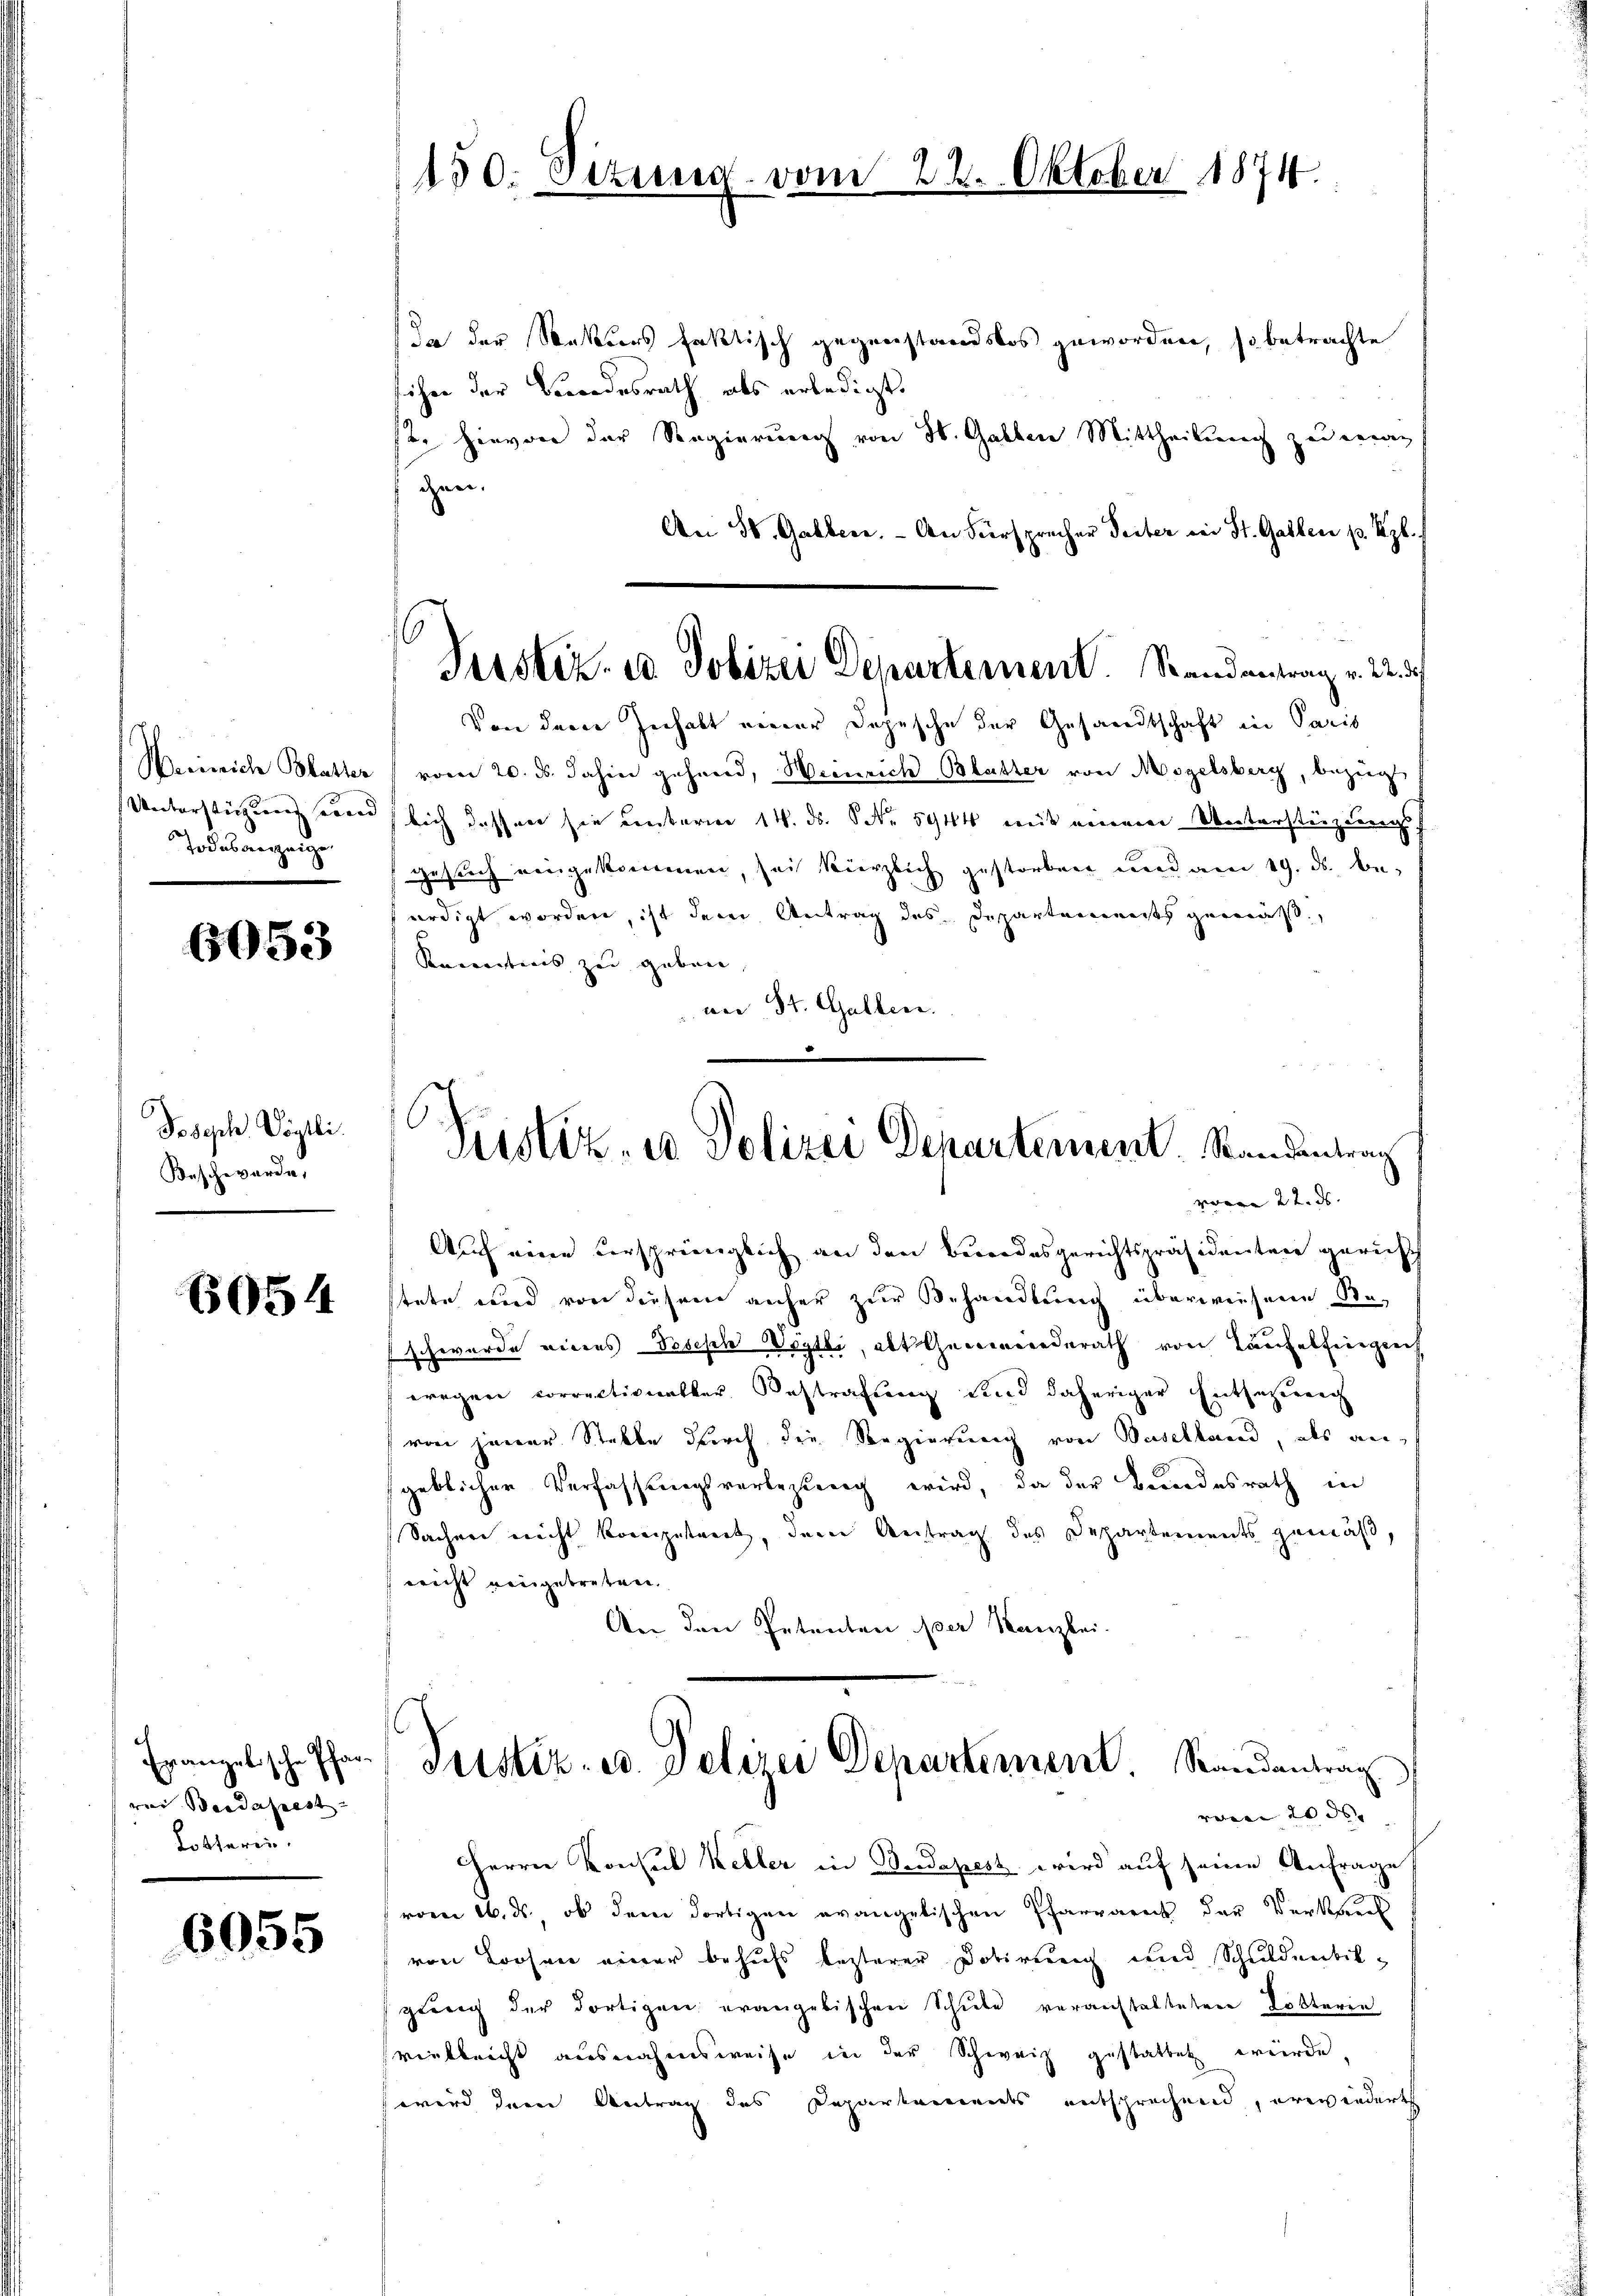
Wernich Blatter
Unterstützung und
Todesanzeige

6053

Joseph Vögtli.
Beschwerde,

6954

Erangelische Pfarrei Beidatest
Loktrin

6055

150. Sizung vom

2. Oktober 1874

Tustiz- u Polizei Departement. Randantrag v. 22. d.

In der Wetters faktisch gegenstandslos geworden, so betrachte
sichen der Bewoodesrath als erledigt.
ste hievon der Regierung von St. Gallen Mittheilung zu maten.
An 58. Galler. - An Fürsprecher Seiter in St. Gallen p. Rp.
Von der Inhalt einer Depesche der Gesandtschaft in Paris
vom 20. ds. dahin gehend, Wienrich Blutter von Mogelsberg, bezugt
lich dasser sie unterner 14. ds. No 5944 mit meinen Vertersteizdungs
gesuch eingekommen, sei kürzlich gestorben und am 19. ds. be
ürdigt worden, ist dem Antrag des Departements gemäß,
Kocentinis zu geben,
von St. Gallen.

C
Justiz- u Polizei Departement. Standentrag
vovar 22. ds.
Auch eine versprünglich an den Besondesgerichtspräsidenten gericht

stete und von diesem anher zur Behandlung überwiesene Seschwerde eines Joseph Vögtli, als Gemeinderath von Laufelfingen
wegen Correctionetter Bestrafung sind daheriger Entsetzung
von jener Stelle durch die Regierung von Baselland, als an
geblicher Verfassungsverlesung wird, da der Besondesrath in
Sacher nicht kompetent, dem Antrag des Departements gemäß,
nicht eingetreten.
An den Petenten per Kanzlei.

Justiz- u. Polizei Departement Randantrag
von 20 ds. |

Herrn Konsul Keller in Bedapest wird auf seine Anfrage
vom 16. ds., ob dem dortigen evangelischen Pfarraract der Verkenns
von Loosen einer behufs lezterer Dobirung und Schuldenbikgŭng der dortigen evangebischen Schŭle veranstalteten Lotterie
vielleicht ausnahmsweise in der Schweiz gestattet wurde,
wird der Antrag des Departements entsprechend, erwiedert